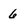
Character: 6